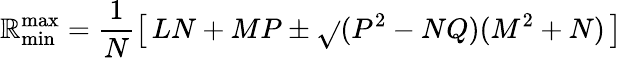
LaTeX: \mathbb{R}_{\mathrm{{min}}}^{\mathrm{{max}}}=\frac{{1}}{{N}}\left[\, LN+MP\pm\sqrt{}{{(P^{2}-NQ)(M^{2}+N)}}\, \right]